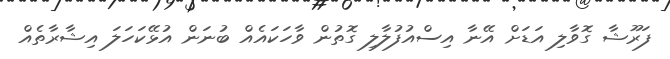
ފަރޫޝާ ގޮވާލި އަޑަށް އޭނާ އިސްއުފުލާލި ގޮތުން ވާހަކައެއް ބުނަން އުޅޭކަހަލަ އިޝާރާތެއް